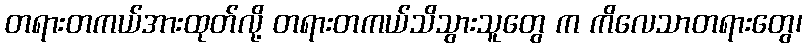
တရားတကယ်အားထုတ်လို့ တရားတကယ်သိသွားသူတွေ က ကိလေသာတရားတွေ၊